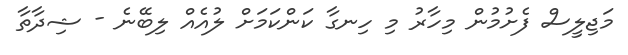
މަޖިލީސް ފެށުމުން މިހާރު މި ހިނގާ ކަންކަމަށް ލުއެއް ލިބޭނެ - ޝިދާތާ